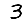
Digit: 3